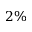
2 \%